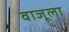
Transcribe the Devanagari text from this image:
वाजूला